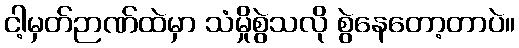
ငါ့မှတ်ဉာဏ်ထဲမှာ သံမှိုစွဲသလို စွဲနေတော့တာပဲ။